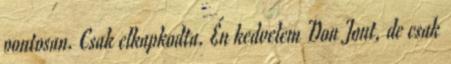
pontosan. Csak elkapkodta. Én kedvelem Don Jont, de csak